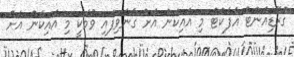
ގްރޭޑިއަންޓް އެފެކްޓް މި އައިކަން އަށް ގެނެވިފައި ވުމަކީ މި އައިކަން އަށް